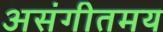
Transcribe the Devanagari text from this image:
असंगीतमय